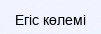
Егіс көлемі